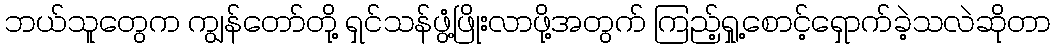
ဘယ်သူတွေက ကျွန်တော်တို့ ရှင်သန်ဖွံ့ဖြိုးလာဖို့အတွက် ကြည့်ရှု့စောင့်ရှောက်ခဲ့သလဲဆိုတာ